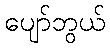
ပျော်ဘွယ်